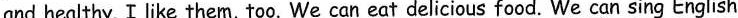
and healthy. I like them, too. We can eat delicious food. We can sing English